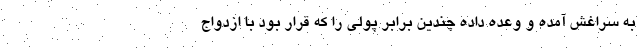
به سراغش آمده و وعده داده چندین برابر پولی را که قرار بود با ازدواج